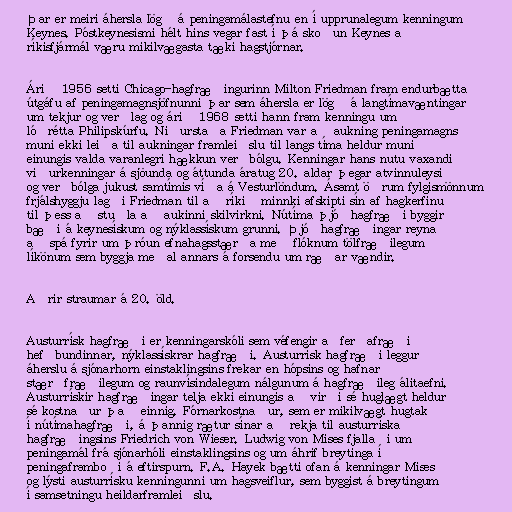
Þar er meiri áhersla lögð á peningamálastefnu en í upprunalegum kenningum
Keynes. Póstkeynesismi hélt hins vegar fast í þá skoðun Keynes að
ríkisfjármál væru mikilvægasta tæki hagstjórnar.

Árið 1956 setti Chicago-hagfræðingurinn Milton Friedman fram endurbætta
útgáfu af peningamagnsjöfnunni þar sem áhersla er lögð á langtímavæntingar
um tekjur og verðlag og árið 1968 setti hann fram kenningu um
lóðrétta Philipskúrfu. Niðurstaða Friedman var að aukning peningamagns
muni ekki leiða til aukningar framleiðslu til langs tíma heldur muni
einungis valda varanlegri hækkun verðbólgu. Kenningar hans nutu vaxandi
viðurkenningar á sjöunda og áttunda áratug 20. aldar þegar atvinnuleysi
og verðbólga jukust samtímis víða á Vesturlöndum. Ásamt öðrum fylgismönnum
frjálshyggju lagði Friedman til að ríkið minnki afskipti sín af hagkerfinu
til þess að stuðla að aukinni skilvirkni. Nútíma þjóðhagfræði byggir
bæði á keynesískum og nýklassískum grunni. Þjóðhagfræðingar reyna
að spá fyrir um þróun efnahagsstærða með flóknum tölfræðilegum
líkönum sem byggja meðal annars á forsendu um ræðar vændir.

Aðrir straumar á 20. öld.

Austurrísk hagfræði er kenningarskóli sem véfengir aðferðafræði
hefðbundinnar, nýklassískrar hagfræði. Austurrísk hagfræði leggur
áherslu á sjónarhorn einstaklingsins frekar en hópsins og hafnar
stærðfræðilegum og raunvísindalegum nálgunum á hagfræðileg álitaefni.
Austurrískir hagfræðingar telja ekki einungis að virði sé huglægt heldur
sé kostnaður það einnig. Fórnarkostnaður, sem er mikilvægt hugtak
í nútímahagfræði, á þannig rætur sínar að rekja til austurríska
hagfræðingsins Friedrich von Wieser. Ludwig von Mises fjallaði um
peningamál frá sjónarhóli einstaklingsins og um áhrif breytinga í
peningaframboði á eftirspurn. F.A. Hayek bætti ofan á kenningar Mises
og lýsti austurrísku kenningunni um hagsveiflur, sem byggist á breytingum
í samsetningu heildarframleiðslu.